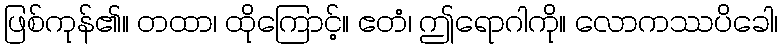
ဖြစ်ကုန်၏။ တထာ၊ ထိုကြောင့်။ ဧတံ၊ ဤရောဂါကို။ လောကဿပိခေါ၊